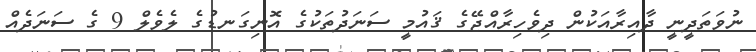
ނުވަތަދީނީ ދާއިރާއަކުން ދިވެހިރާއްޖޭގެ ޤައުމީ ސަނަދުތަކުގެ އޮނިގަނޑުގެ ލެވެލް 9 ގެ ސަނަދެއް